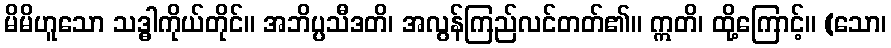
မိမိဟူသော သဒ္ဓါကိုယ်တိုင်။ အဘိပ္ပသီဒတိ၊ အလွန်ကြည်လင်တတ်၏။ ဣတိ၊ ထို့ကြောင့်။ (သော၊